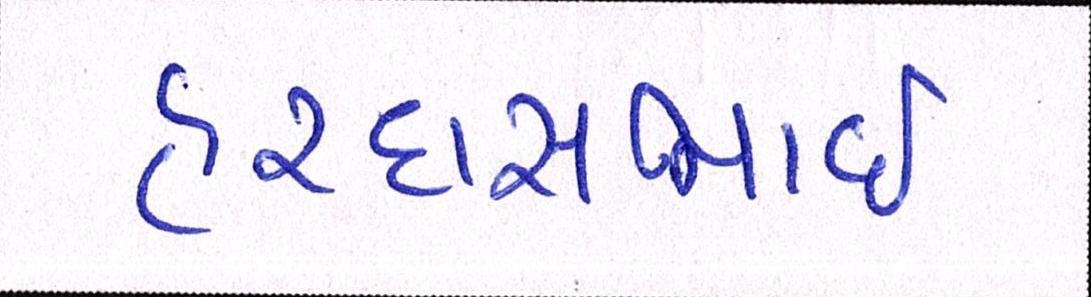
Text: હરદાસભાઇ